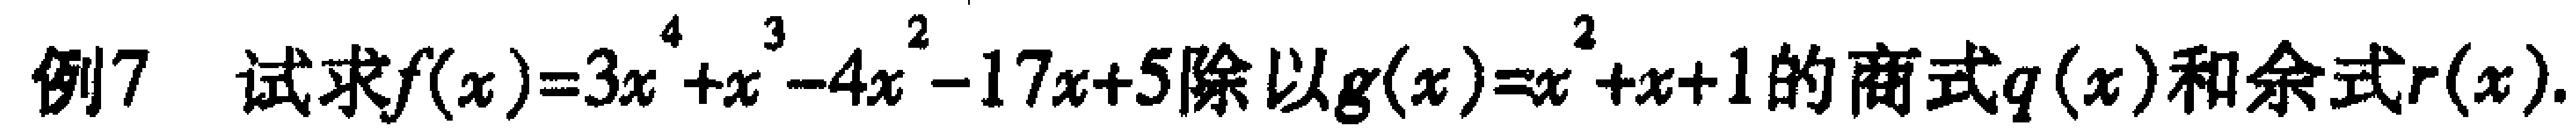
例7 试求\(f(x)=3x^{4}+x^{3}-4x^{2}-17x + 5\)除以\(g(x)=x^{2}+x + 1\)的商式\(q(x)\)和余式\(r(x)\)。